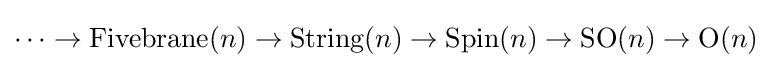
\cdots \rightarrow \operatorname {Fivebrane} (n)\to \operatorname {String} (n)\rightarrow \operatorname {Spin} (n)\rightarrow \operatorname {SO} (n)\rightarrow \operatorname {O} (n)